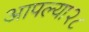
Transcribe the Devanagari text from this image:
आपल्या२८